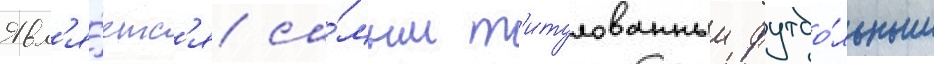
Явл'я́етс'я са́мым т'итулованным футбо́льным